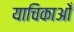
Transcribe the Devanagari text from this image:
याचिकाओँ